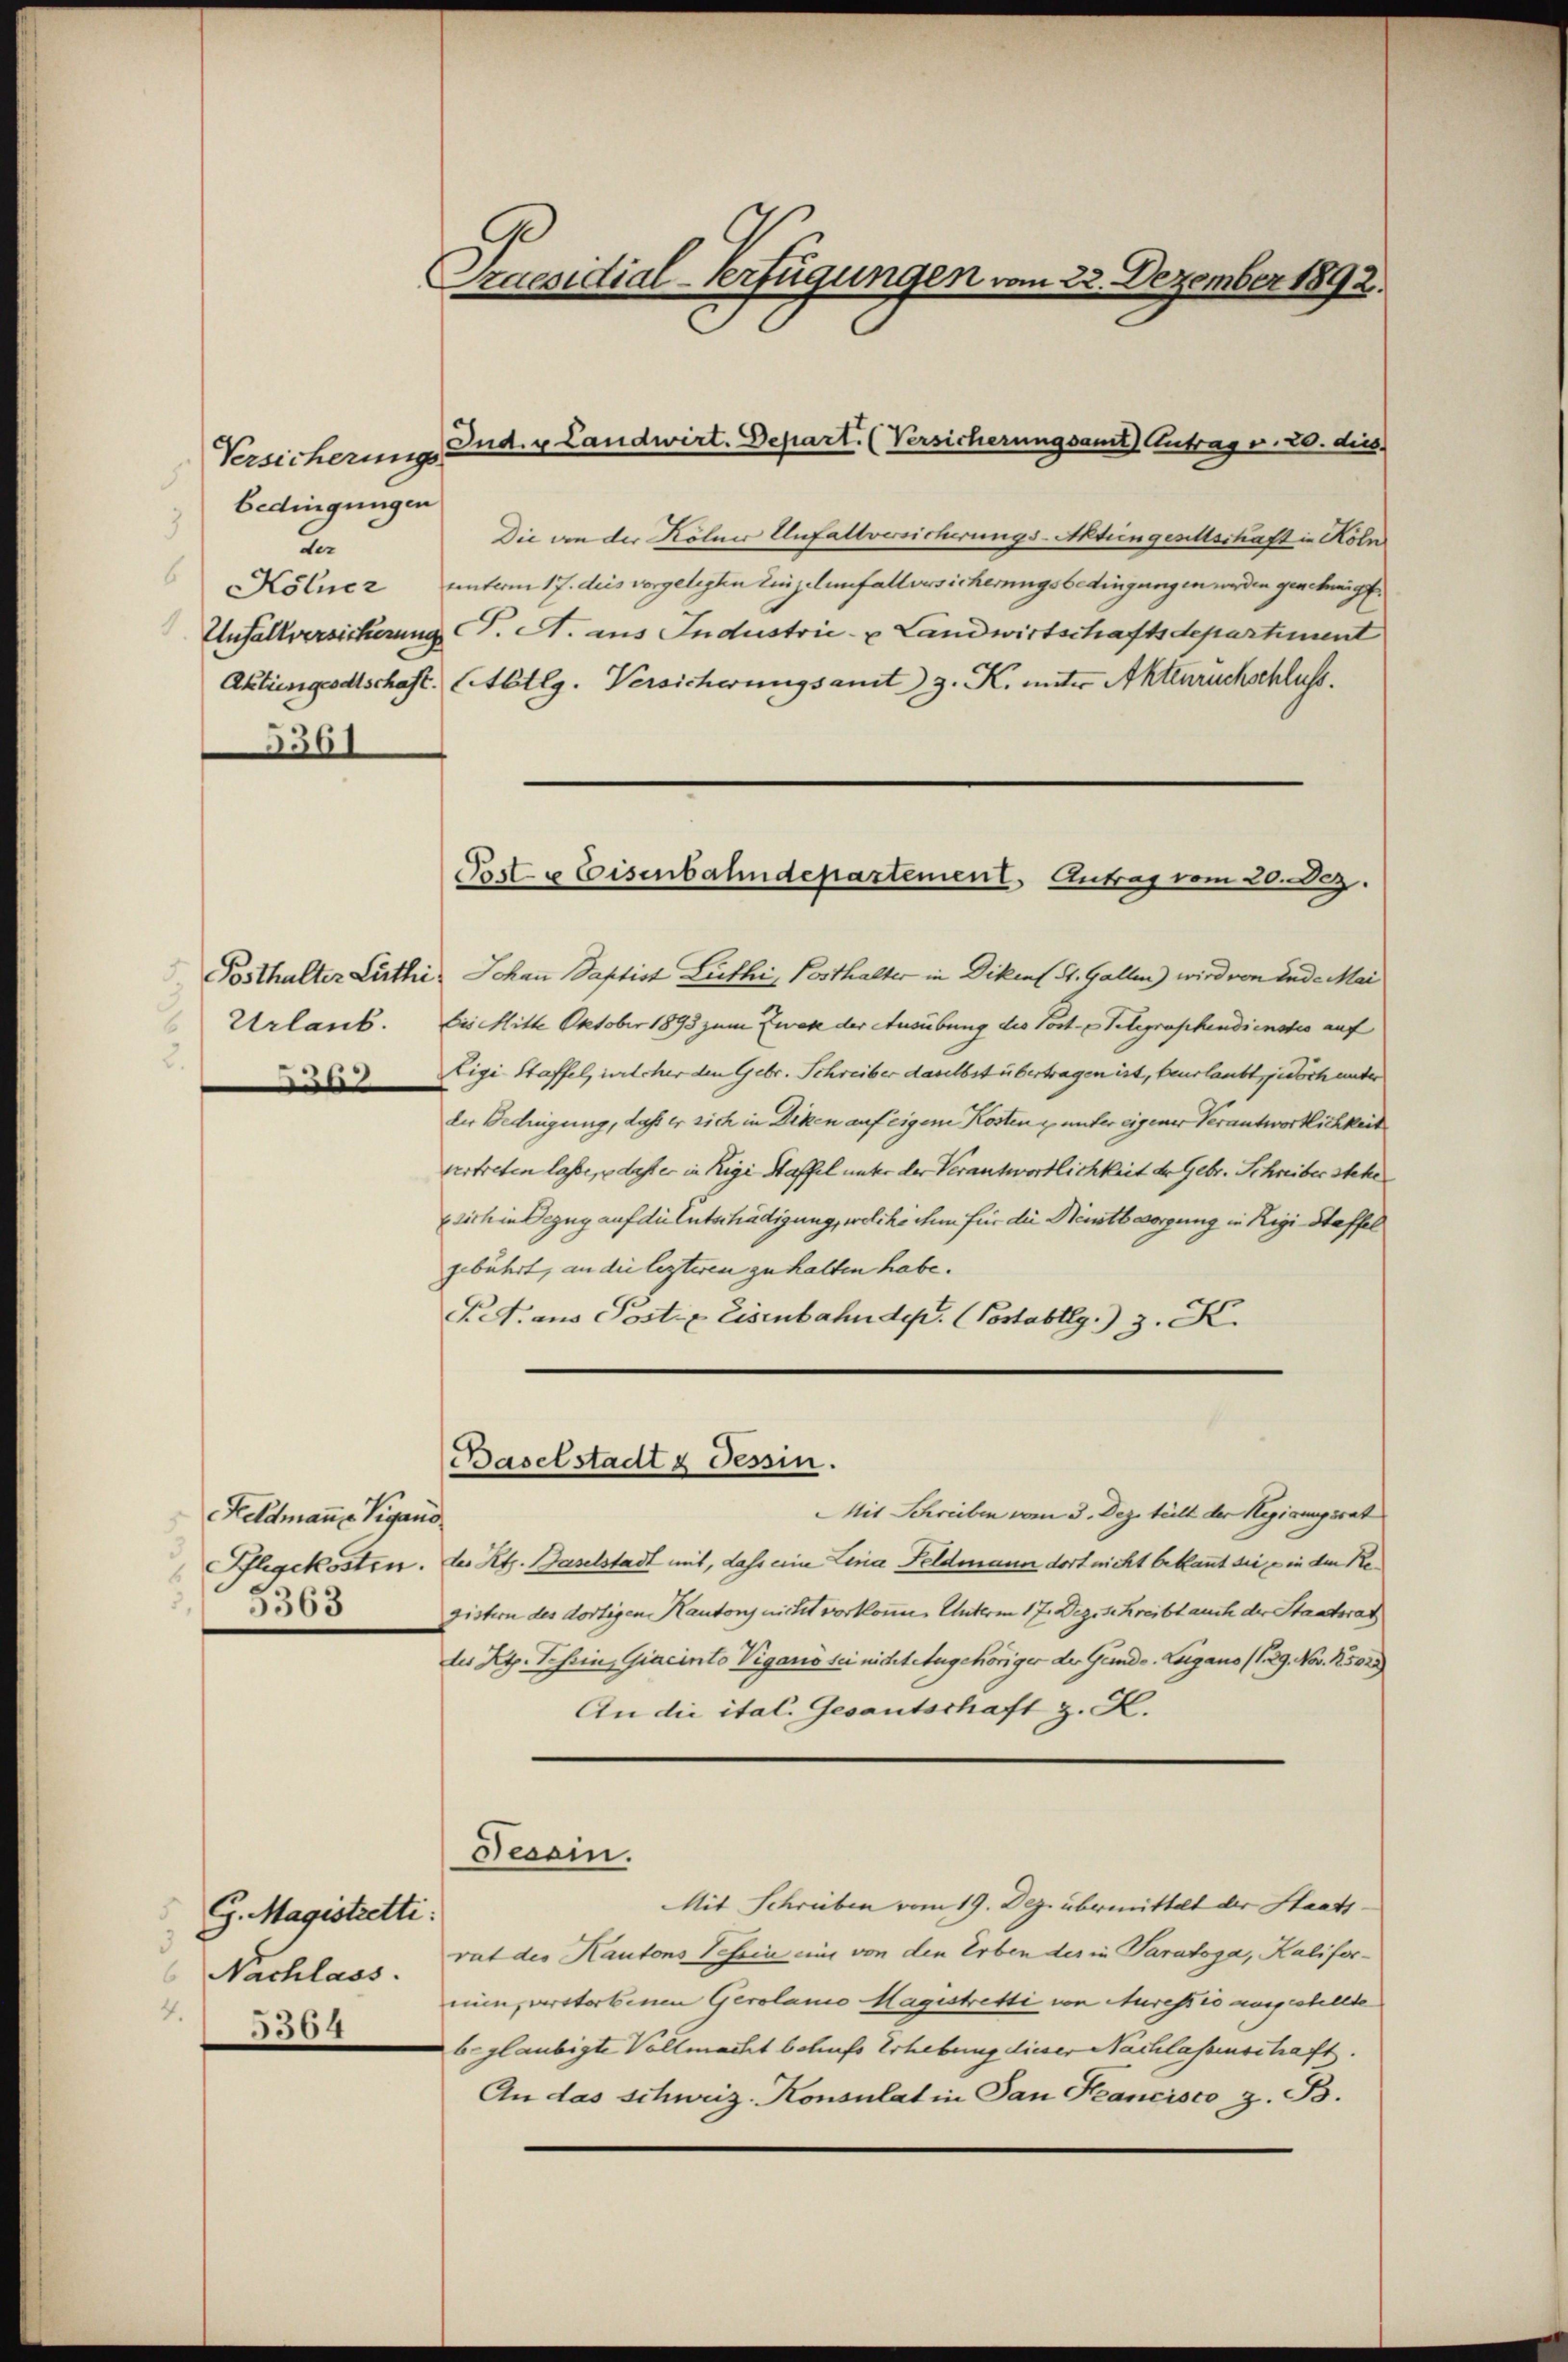
Versicherungs-
bedingungen
3
der
5361

ul

Keldmanne Vigand
5363

G. Magistretti.
3
Nachlass.
4.
5564

Praesidial-Verfügungen vom 22. Dezember 1892.

Die an der Kölner Unfallversicherungs-Aktiengesellschaft in Köln
Kölnez unterm 17. dies vorgelegten Einzelenfallversicherungsbedingungen werden genehmigt.
Unfallversicherung (T. A. aus Industrie- & Landwirtschaftsdepartiment
Aktiengrodtschaft (Abtlg. Versicherungsamt z. K. unter Aktenrückschluss.
Posthalter Lüthi, Johan Baptist Leithi, Posthalter in Diken St. Gallen) wird von Ende Mai
Urlaub. bis Mitte Oktober 1893 zum Zwek der Ausübung des Post- u. Telegraphendienstes auf
Eigi Staffel, welcher den Gebr. Schreiber daselbst übertragen ist, beurlaubt jedoch unter
der Bedingung, daß er sich in Diken auf eigem Kosten & unter eigener Verantwortlichkeit
vertreten lasse, daß er in Rigi Haffel unter der Verantwortlichkeit der Gebr. Schreiber stehe
Esich in Bezug auf die Entschädigung, welche ihm für die Reutbsorgung in Rigi-Staffel
gebührt, an die lezteren zu halten habe.
P.S. aus Post. Eisenbahndep. (Postabllg. 3. K.
Baselstadt & dessin.
Mit Schreiben vom 3. Dez. teilt der Regisungsrat
Pflegekosten. Der Kt. Baselstadt mit, dass eine Lina Feldmann dort nicht beklaut die ein den Registern des dortigen Kantons nicht vorkomme, Unterm 17. Dez. Schreibt auch der Staatsrat
des Ky. Schein, Giacinto Vigano sei nichtetugehöriger der Gunde. Leigano (S. 29. Nov. 15028
An die ital. Gesantschaft z. K.
Tessin.
Mit Schreiben vom 19. Dez. übermittelt der Staatsrat der Kantons Tessin eine von den Erben der in Paratoga, Kalifer-
nium verstorbenen Gerolanio Hagistretti von Nuressio ausgestellte
b. glaubigte Vollmacht behufs Erhebung dieser Nachlassenschaft.
An das schweiz. Konsulat in San Francisco, z. B.

Ind. v. Landwirt. Depart. (Versicherungsamt Antrag v. 20. dies

Post- & Eisenbahndepartement. Antrag vom 20. Dez.